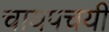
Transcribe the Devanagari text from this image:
चायपचयी